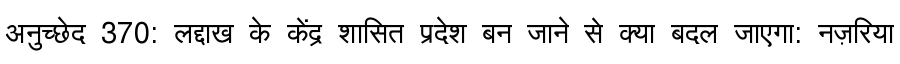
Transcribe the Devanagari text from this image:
अनुच्छेद 370: लद्दाख के केंद्र शासित प्रदेश बन जाने से क्या बदल जाएगा: नज़रिया